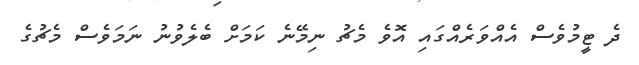
ދެ ޓީމުވެސް އެއްވަރެއްގައި އޮވެ މެޗު ނިމޭނެ ކަމަށް ބެލެވުނު ނަމަވެސް މެޗުގެ